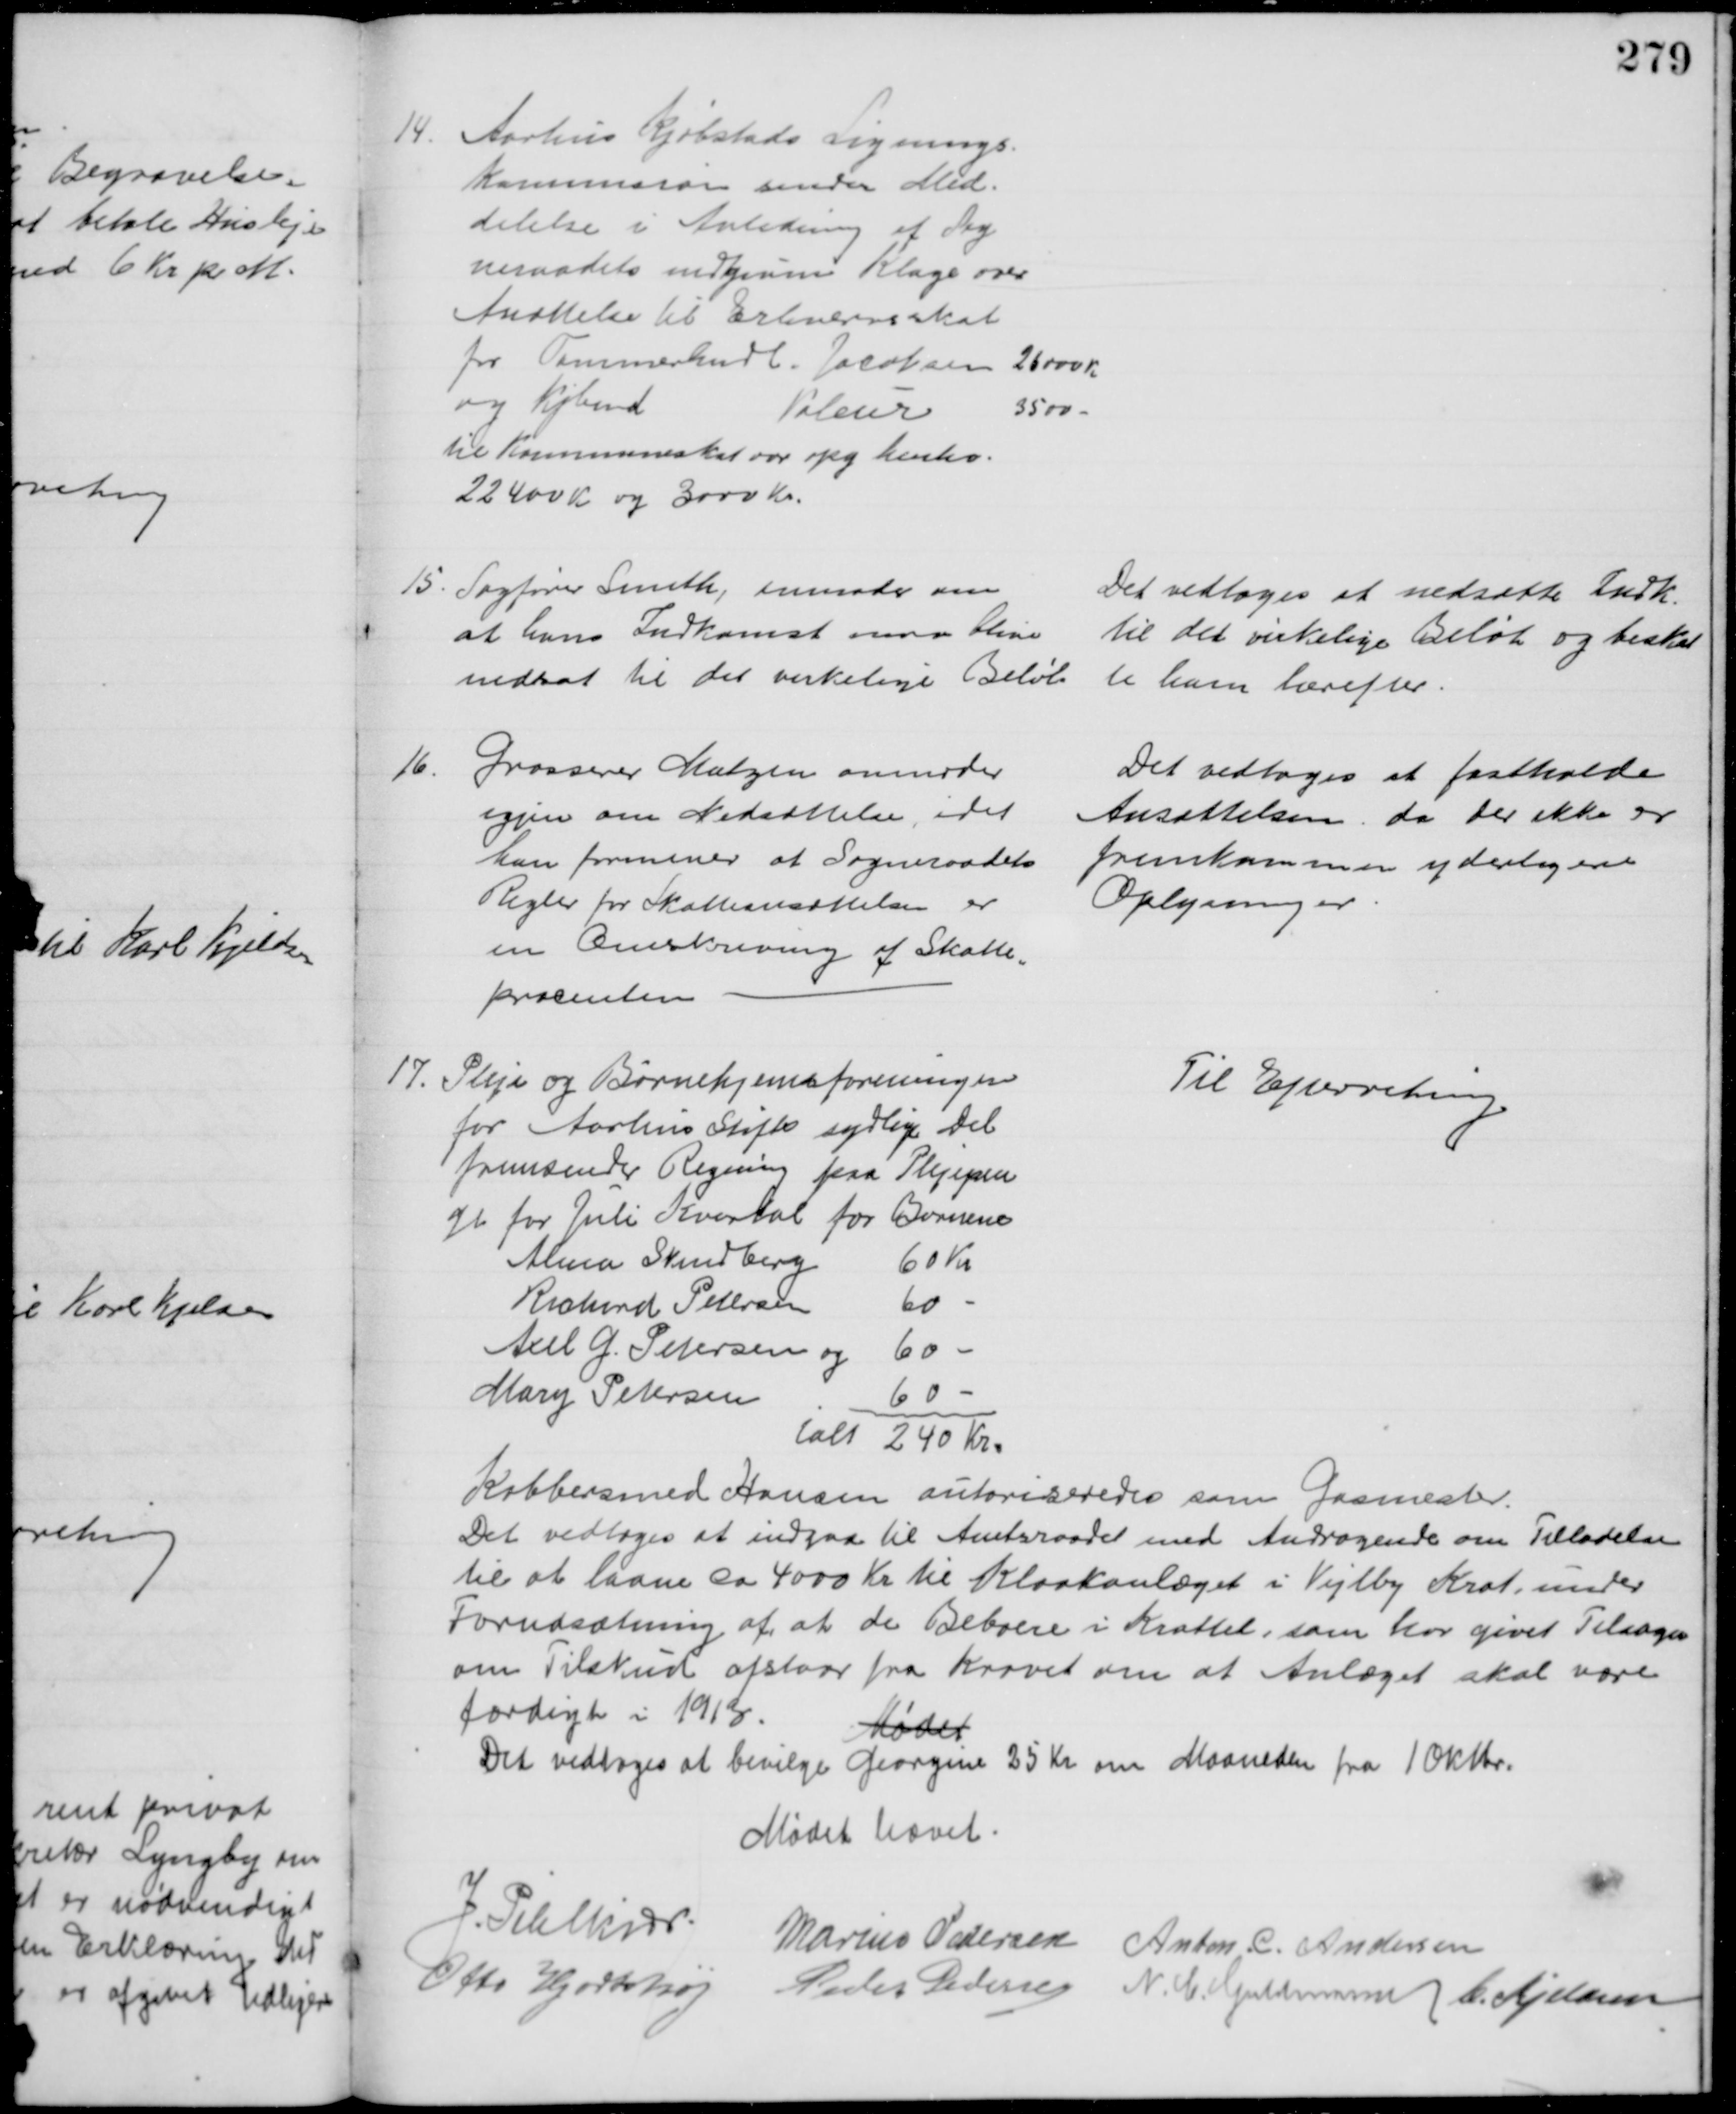
Transskription:
14. Aarhus Kjøbstads Lignings-
kommission sender Med-
delelse i Anledning af Sog
neraadets indgivne Klage over 
Ansættelse til Erhvervsskat
for Tømmerhndl. Jacobsen 26000 Kr
og Kjbmd
Valeur
3500 
til Kommuneskat var opg henhv.
22400 Kr og 3000 Kr.
15. Sagfører Smith, anmoder om
at hans Indkomst maa blive
nedsat til det virkelige Beløb
Det vedtoges at nedsætte Indk.
til det virkelige Beløb og beskat 
te ham herefter.
16.
Grosserer Matzen anmoder
igjen om Nedsættelse, idet
han formener at Sogneraadets
Regler for Skatteansættelsen er
en Omskrivning af Skatte-
procenten
Det vedtoges at fastholde
Ansættelsen, da der ikke er
fremkommen yderligere
Oplysninger.
17.
Pleje og Børnehjemsforeningen
for Aarhus Stifts sydlige del
fremsender Regning paa Plejepen
ge for Juli Kvartal for Børnene
Alma Skindberg
60 Kr
Richard Petersen
60 
Axel G. Petersen og
60 
Mary Petersen
60 
ialt 240 Kr.
Til Efterretning
Kobbersmed Hansen autoriseredes som Gasmester.
Det vedtoges at indgaa til Amtsraadet med Andragende om Tilladelse
til at laane ca 4000 Kr til Kloakanlæget i Vejlby Krat, under
Forudsætning af, at de Beboere i Krattet, som har givet Tilsagn 
om Tilskud afstaar fra Kravet om at Anlæget skal være
færdigt i 1913.
Mødet
Det vedtoges at bevilge Georgine 25 Kr om Maaneden fra 1 Oktbr.
Mødet hævet.
J. Pihlkjær
Marius Pedersen Anton. C. Andersen
Otto Hjortshøj
Peder Pedersen N. C. Guldmann C. Kjeldsen